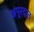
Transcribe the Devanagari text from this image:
अंपूरदान